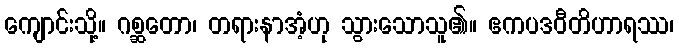
ကျောင်းသို့။ ဂစ္ဆတော၊ တရားနာအံ့ဟု သွားသောသူ၏။ ဧကပဒဝီတိဟာရဿ၊